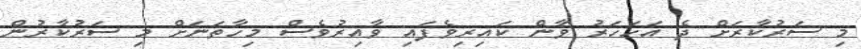
މި ސަރުކާރަށް ދެ އަހަހަރު ވާން ކައިރިވެފައި ވާއިރުވެސް މިހާތަނަށް މި ސަރުކާރުން